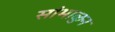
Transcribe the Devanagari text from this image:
सांभाळुन